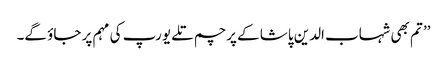
’’ تم بھی شہاب الدین پاشا کے پرچم تلے یورپ کی مہم پر جاؤ گے۔